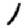
Digit: 1